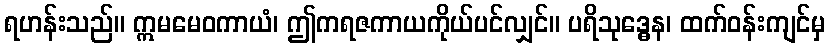
ရဟန်းသည်။ ဣမမေဝကာယံ၊ ဤကရဇကာယကိုယ်ပင်လျှင်။ ပရိသုဒ္ဓေန၊ ထက်ဝန်းကျင်မှ